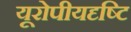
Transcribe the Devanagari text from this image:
यूरोपीयदृष्टि